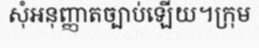
សុំអនុញ្ញាតច្បាប់ឡើយ។ក្រុម